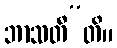
ဘာသတီ”တိ။